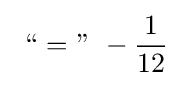
{\text{ “ = ” }}-{\frac {1}{12}}